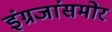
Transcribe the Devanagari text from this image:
इंग्रजांसमोर